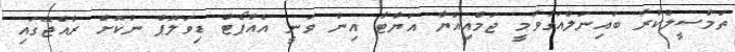
ތަމްސީލްކުރާ ބައިނަލްއަގުވާމީ ޖަމްއިއްޔާ އަޔާޓާ އިން ވަނީ އެއާޕޯޓް ޑިވަލޮޕް ނުކޮށް ރާއްޖޭގައި